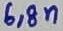
Text: 6,8n